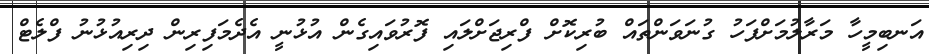
އަނބިމީހާ މަރާލުމަށްފަހު ގުނަވަންތައް ބުރިކޮށް ފްރިޖަށްލައި ފޮރުވައިގެން އުޅުނީ އެދެމަފިރިން ދިރިއުޅުނު ފްލެޓް